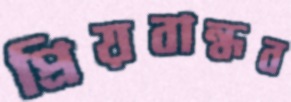
প্রিয়বান্ধব